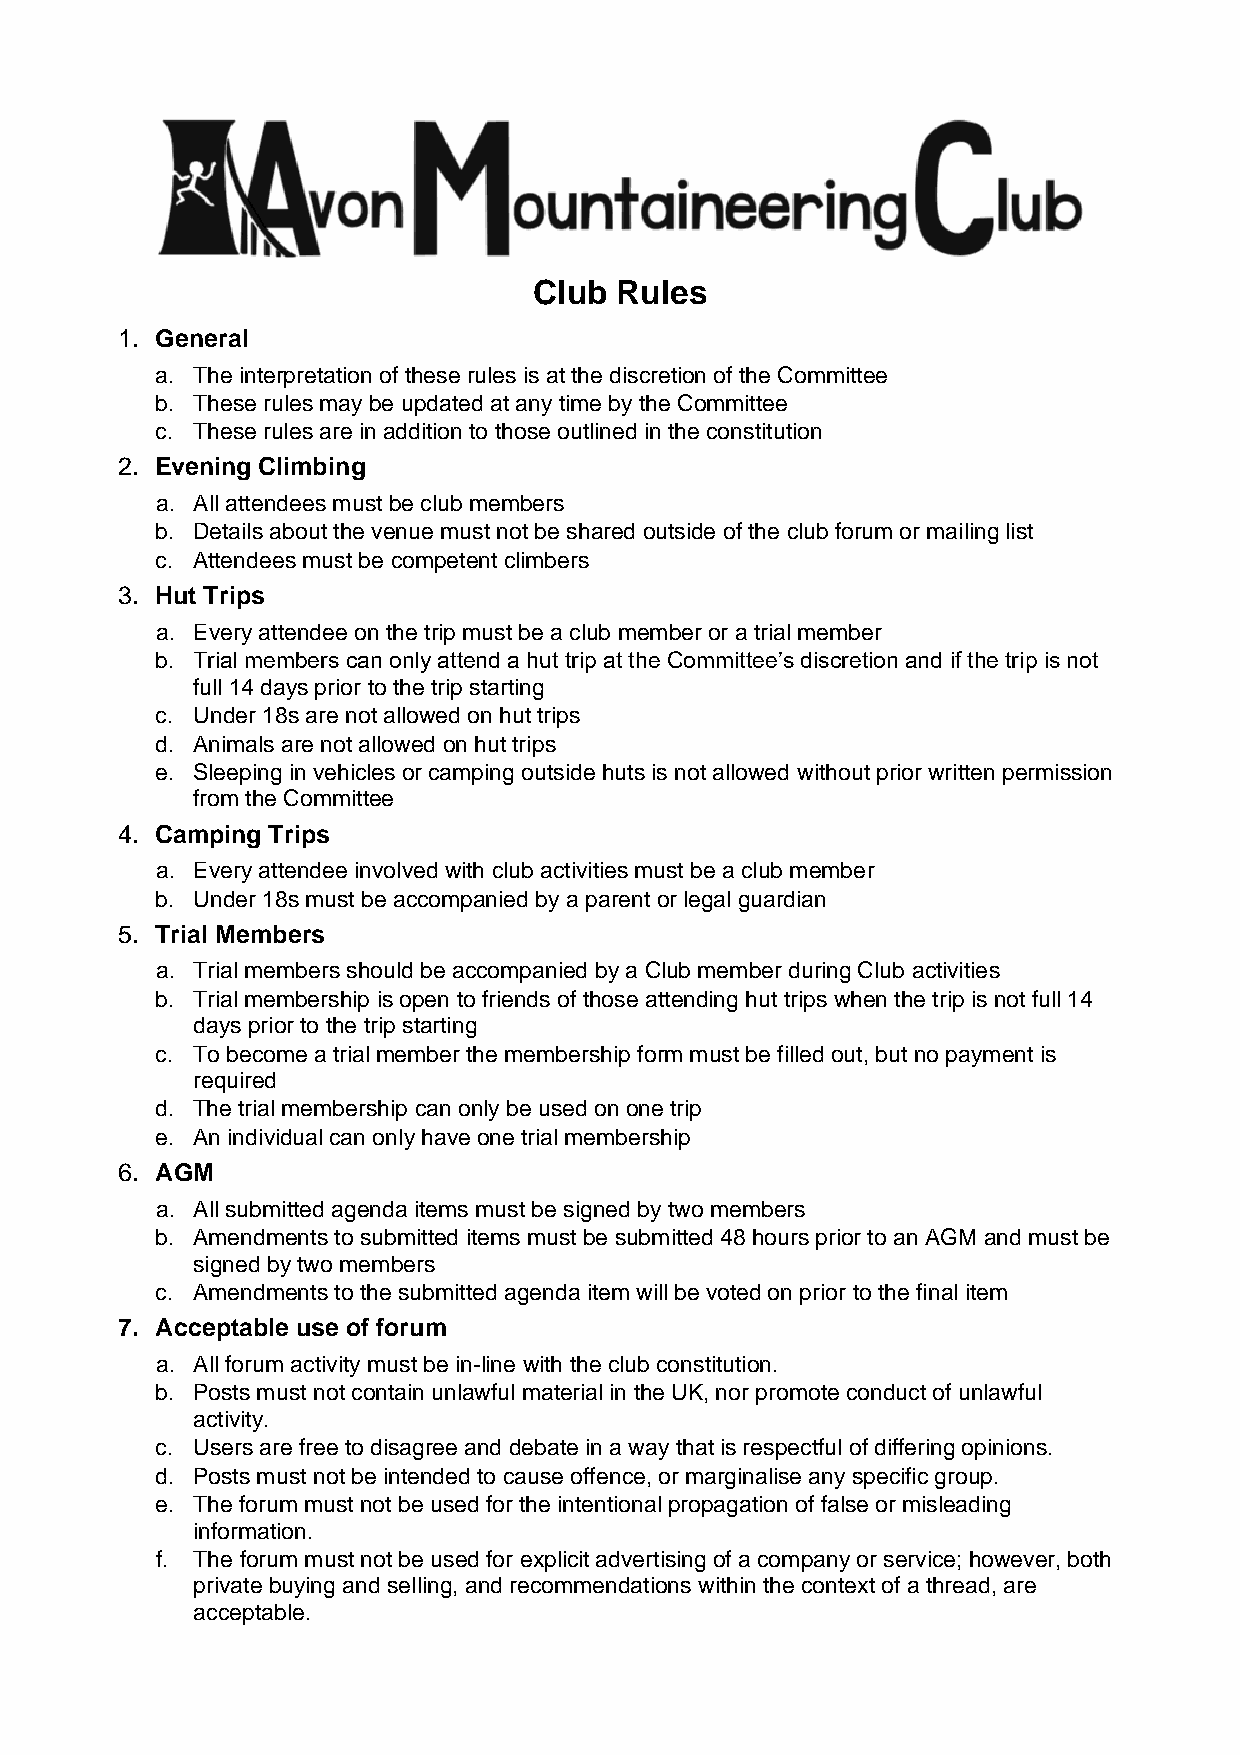
Club  Rules
 1. General
 a. The interpretation of these rules is at the discretion of the Committee
 b. These rules may be updated at any time by the Committee
 c. These rules are in addition to those outlined in the constitution
 2. Evening Climbing
 a. All attendees must be club members
 b. Details about the venue must not be shared outside of the club forum or mailing list
 c. Attendees must be competent climbers
 3. Hut Trips
 a. Every attendee on the trip must be a club member or a trial member
 b. Trial members can only attend a hut trip at the Committee’s discretion and if the trip is not
 full 14 days prior to the trip starting
 c. Under 18s are not allowed on hut trips
 d. Animals are not allowed on hut trips
 e. Sleeping in vehicles or camping outside huts is not allowed without prior written permission
 from the Committee
 4. Camping Trips
 a. Every attendee involved with club activities must be a club member
 b. Under 18s must be accompanied by a parent or legal guardian
 5. Trial Members
 a. Trial members should be accompanied by a Club member during Club activities
 b. Trial membership is open to friends of those attending hut trips when the trip is not full 14
 days prior to the trip starting
 c. To become a trial member the membership form must be filled out, but no payment is
 required
 d. The trial membership can only be used on one trip
 e. An individual can only have one trial membership
 6. AGM
 a. All submitted agenda items must be signed by two members
 b. Amendments to submitted items must be submitted 48 hours prior to an AGM and must be
 signed by two members
 c. Amendments to the submitted agenda item will be voted on prior to the final item
 7. Acceptable use of forum
 a. All forum activity must be in-line with the club constitution.
 b. Posts must not contain unlawful material in the UK, nor promote conduct of unlawful
 activity.
 c. Users are free to disagree and debate in a way that is respectful of differing opinions.
 d. Posts must not be intended to cause offence, or marginalise any specific group.
 e. The forum must not be used for the intentional propagation of false or misleading
 information.
 f. The forum must not be used for explicit advertising of a company or service; however, both
 private buying and selling, and recommendations within the context of a thread, are
 acceptable.